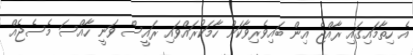
އެ ހިތާމައިގައި ރާއްޖެ އިން ބައިވެރިވާކަން ހާމަކުރައްވައި ރައީސް ވަނީ ހާއްސަ މެސެޖެއް